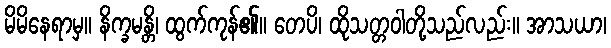
မိမိနေရာမှ။ နိက္ခမန္တိ၊ ထွက်ကုန်၏။ တေပိ၊ ထိုသတ္တဝါတို့သည်လည်း။ အာသယာ၊